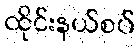
ထိုင်းနယ်စပ်